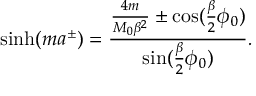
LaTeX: \sinh ( m a ^ { \pm } ) = \frac { \frac { 4 m } { M _ { 0 } \beta ^ { 2 } } \pm \cos ( \frac { \beta } { 2 } \phi _ { 0 } ) } { \sin ( \frac { \beta } { 2 } \phi _ { 0 } ) } .